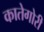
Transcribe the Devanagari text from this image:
कातेगोरी